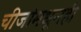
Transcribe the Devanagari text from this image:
चीजांमधूनही